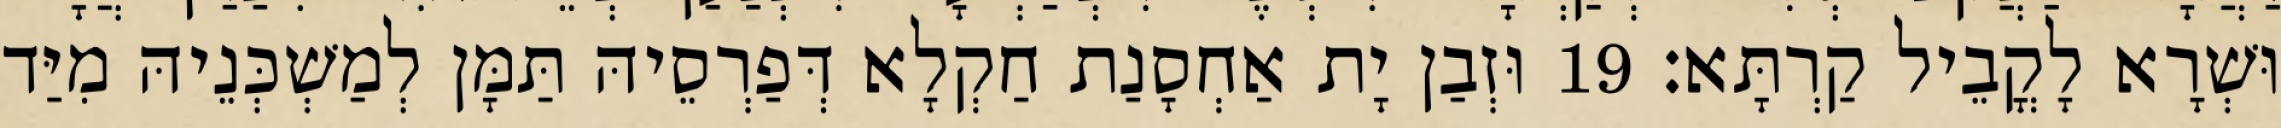
וּשְׁרָא לָקֳבֵיל קַרְתָּא׃ 19 וּזְבַן יָת אַחְסָנַת חַקְלָא דְּפַרְסֵיהּ תַּמָּן לְמַשְׁכְּנֵיהּ מִיַּד